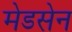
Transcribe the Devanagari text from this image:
मेडसेन